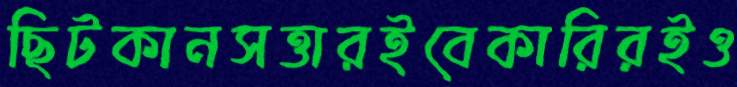
ছিটকানসত্তারইবেকারিরইও